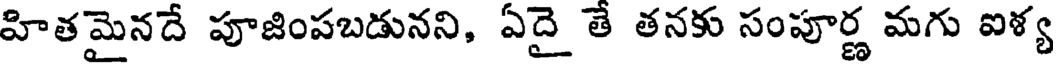
హితమైనదే పూజింపబడునని, ఏదై తే తనకు సంపూర్ణ మగు ఐళ్య